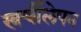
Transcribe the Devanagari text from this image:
खर्चीलेपन